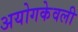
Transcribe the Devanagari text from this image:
अयोगकेवली